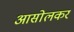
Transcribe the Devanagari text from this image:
आसोलकर